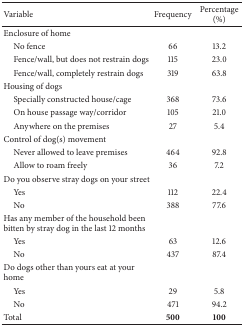
<table><thead><tr><td><b>Variable</b></td><td><b>Frequency</b></td><td><b>Percentage (%)</b></td></tr></thead><tbody><tr><td>Enclosure of home</td><td> </td><td> </td></tr><tr><td> No fence</td><td>66</td><td>13.2 </td></tr><tr><td> Fence/wall, but does not restrain dogs</td><td>115</td><td>23.0</td></tr><tr><td> Fence/wall, completely restrain dogs</td><td>319</td><td>63.8 </td></tr><tr><td>Housing of dogs </td><td> </td><td> </td></tr><tr><td> Specially constructed house/cage</td><td>368</td><td>73.6</td></tr><tr><td> On house passage way/corridor</td><td>105</td><td>21.0</td></tr><tr><td> Anywhere on the premises</td><td>27</td><td>5.4 </td></tr><tr><td>Control of dog(s) movement </td><td> </td><td> </td></tr><tr><td> Never allowed to leave premises</td><td>464</td><td>92.8</td></tr><tr><td> Allow to roam freely</td><td>36</td><td>7.2</td></tr><tr><td>Do you observe stray dogs on your street</td><td> </td><td> </td></tr><tr><td> Yes</td><td>112</td><td>22.4</td></tr><tr><td> No</td><td>388</td><td>77.6</td></tr><tr><td>Has any member of the household been bitten by stray dog in the last 12 months</td><td> </td><td> </td></tr><tr><td> Yes</td><td>63</td><td>12.6 </td></tr><tr><td> No</td><td>437</td><td>87.4</td></tr><tr><td>Do dogs other than yours eat at your home</td><td> </td><td> </td></tr><tr><td> Yes</td><td>29</td><td>5.8</td></tr><tr><td> No</td><td>471</td><td>94.2</td></tr><tr><td>Total</td><td><b>500</b></td><td><b>100</b></td></tr></tbody></table>